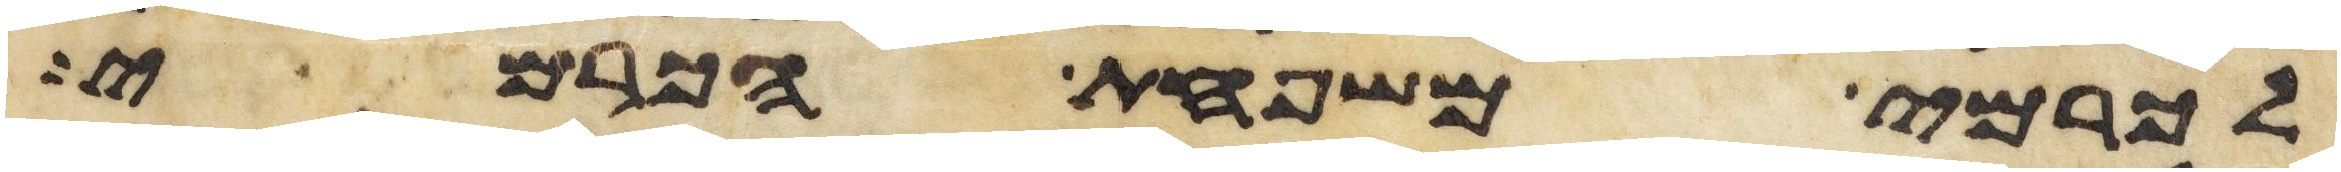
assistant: לכרמי משפחת הכרמי